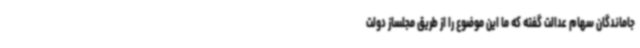
جاماندگان سهام عدالت گفته که ما این موضوع را از طریق مجلساز دولت